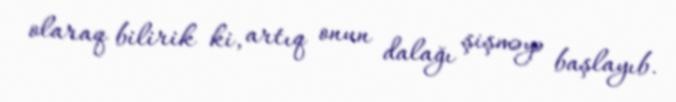
olaraq bilirik ki, artıq onun dalağı şişməyə başlayıb.